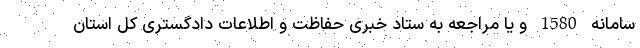
سامانه 1580 و یا مراجعه به ستاد خبری حفاظت و اطلاعات دادگستری کل استان